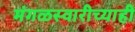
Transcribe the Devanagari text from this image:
मंगळस्वारीच्याही